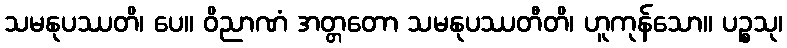
သမနုပဿတိ၊ ပေ။ ဝိညာဏံ အတ္တတော သမနုပဿတီတိ၊ ဟူကုန်သော။ ပဉ္စသု၊